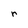
Character: r